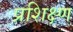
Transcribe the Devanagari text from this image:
प्रशिक्ष्ण